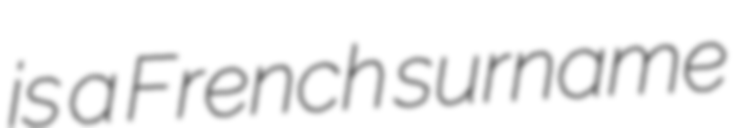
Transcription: is a French surname